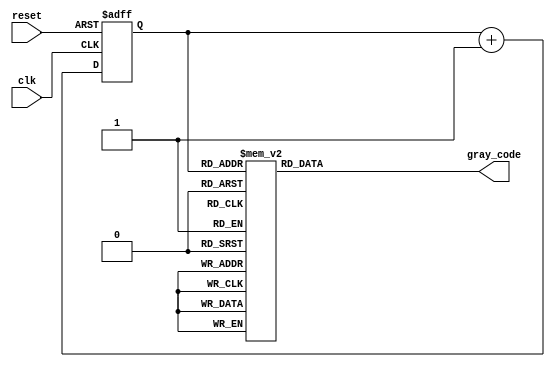
module gray_counter_clock_divider (
    input wire clk,
    input wire reset,
    output reg [3:0] gray_code
);

reg [3:0] counter;

always @(posedge clk or negedge reset) begin
    if (!reset) begin
        counter <= 4'b0000;
    end else begin
        counter <= counter + 1;
    end
end

always @(counter) begin
    case (counter)
        4'b0000: gray_code <= 4'b0000;
        4'b0001: gray_code <= 4'b0001;
        4'b0011: gray_code <= 4'b0010;
        4'b0010: gray_code <= 4'b0011;
        4'b0110: gray_code <= 4'b0100;
        4'b0111: gray_code <= 4'b0101;
        4'b0101: gray_code <= 4'b0110;
        4'b0100: gray_code <= 4'b0111;
        4'b1100: gray_code <= 4'b1000;
        4'b1101: gray_code <= 4'b1001;
        4'b1111: gray_code <= 4'b1010;
        4'b1110: gray_code <= 4'b1011;
        4'b1010: gray_code <= 4'b1100;
        4'b1011: gray_code <= 4'b1101;
        4'b1001: gray_code <= 4'b1110;
        4'b1000: gray_code <= 4'b1111;
        default: gray_code <= 4'b0000;
    endcase
end

endmodule